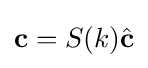
\mathbf {c} =S(k){\hat {\mathbf {c} }}